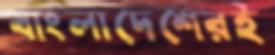
বাংলাদেশেরই